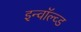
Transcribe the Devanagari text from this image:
इन्वॉल्व्ड